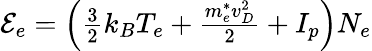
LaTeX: \begin{array}{r}{\mathcal{E}_{e}=\left(\frac{3}{2}k_{B}{T_{e}}+\frac{m_{e}^{*}{v_{D}^{2}}}{2}+I_{p}\right){N_{e}}}\end{array}